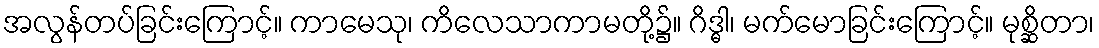
အလွန်တပ်ခြင်းကြောင့်။ ကာမေသု၊ ကိလေသာကာမတို့၌။ ဂိဒ္ဓါ၊ မက်မောခြင်းကြောင့်။ မုစ္ဆိတာ၊